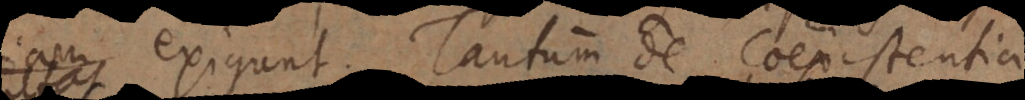
exigunt. Tantum de coexistentia